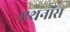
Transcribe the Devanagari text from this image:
एथनॉस